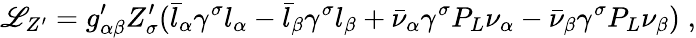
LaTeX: \mathscr{L}_{Z^{\prime}}=g_{\alpha\beta}^{\prime}Z_{\sigma}^{\prime}(\bar{l}_{\alpha}\gamma^{\sigma}l_{\alpha}-\bar{l}_{\beta}\gamma^{\sigma}l_{\beta}+\bar{\nu}_{\alpha}\gamma^{\sigma}P_{L}\nu_{\alpha}-\bar{\nu}_{\beta}\gamma^{\sigma}P_{L}\nu_{\beta})\; ,